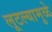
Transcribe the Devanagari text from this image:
लूटल्यामुळे